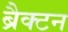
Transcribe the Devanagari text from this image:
ब्रैक्टन